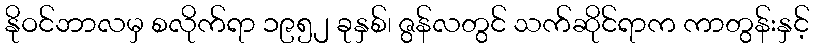
နိုဝင်ဘာလမှ စလိုက်ရာ ၁၉၅၂ ခုနှစ်၊ ဇွန်လတွင် သက်ဆိုင်ရာက ကာတွန်းနှင့်